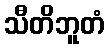
သီတိဘူတံ